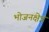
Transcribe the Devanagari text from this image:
भोजनक्षेत्र